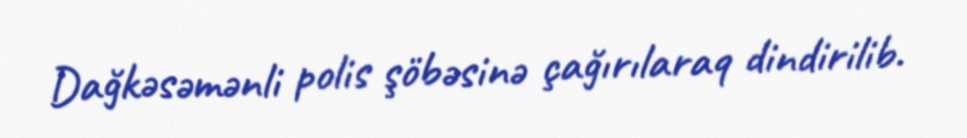
Dağkəsəmənli polis şöbəsinə çağırılaraq dindirilib.